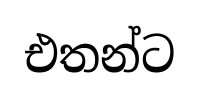
එතන්ට